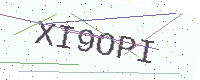
Text: XI9OPI